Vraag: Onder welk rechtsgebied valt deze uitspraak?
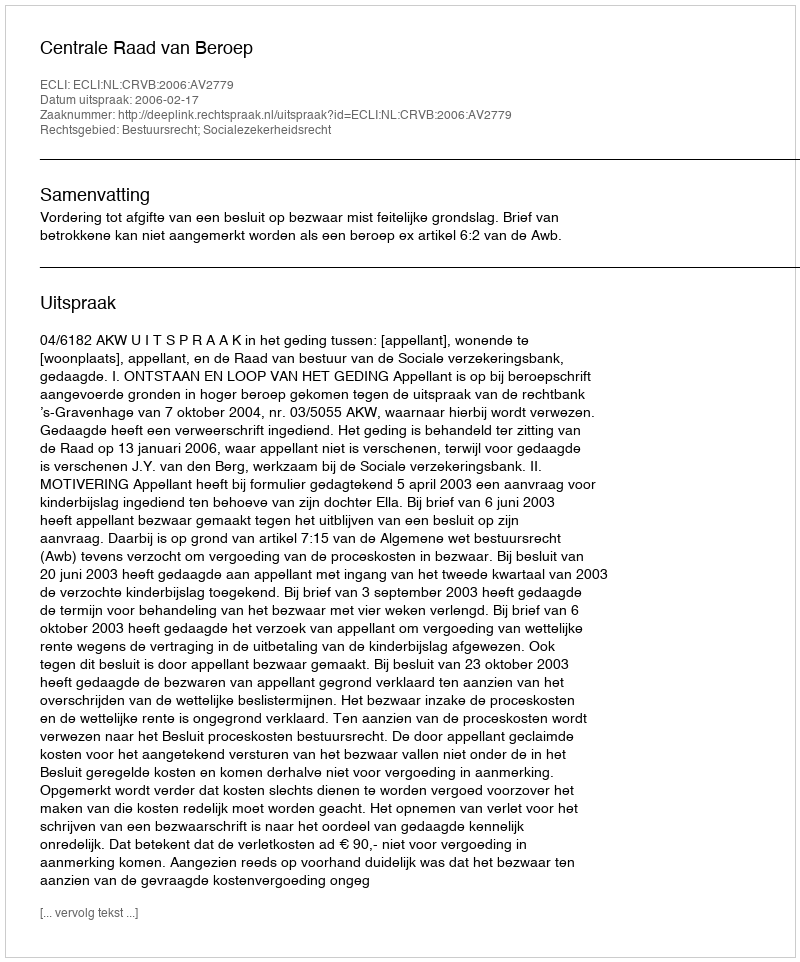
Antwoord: Bestuursrecht; Socialezekerheidsrecht